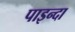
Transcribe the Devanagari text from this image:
पाइन्दा